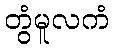
တွံမူလကံ